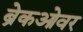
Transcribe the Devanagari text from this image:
ब्रेकओवर